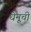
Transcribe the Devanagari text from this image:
धेनूची